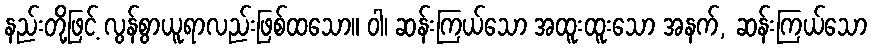
နည်းတို့ဖြင့် လွန်စွာယူရာလည်းဖြစ်ထသော။ ဝါ၊ ဆန်းကြယ်သော အထူးထူးသော အနက်, ဆန်းကြယ်သော